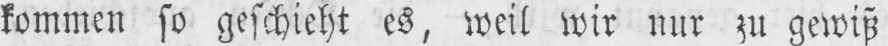
kommen so geschieht es, weil wir nur zu gewiß